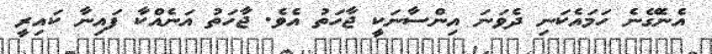
އެނެގޭނެ ހަމައެކަނި ދެވަނަ އިންސާނަކީ ޖާހަތު އެވެ. ޖާހަތު އަނެއްކާ ފައިނާ ކައިރީ